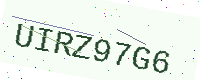
Text: UIRZ97G6